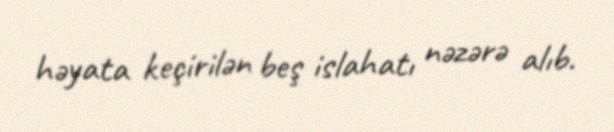
həyata keçirilən beş islahatı nəzərə alıb.